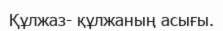
Құлжаз- құлжаның асығы.